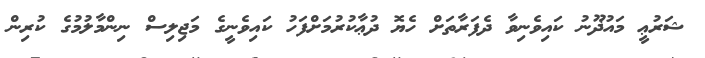
ޝަރުޢީ މައުޛޫނު ކައިވެނިވާ ދެފަރާތަށް ހެޔޮ ދުޢާކުރުމަށްފަހު ކައިވެނީގެ މަޖިލިސް ނިންމާލުމުގެ ކުރިން